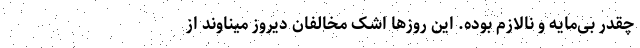
چقدر بی‌مایه و نالازم بوده. این روزها اشک مخالفان دیروز میناوند از